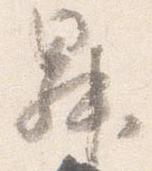
昇